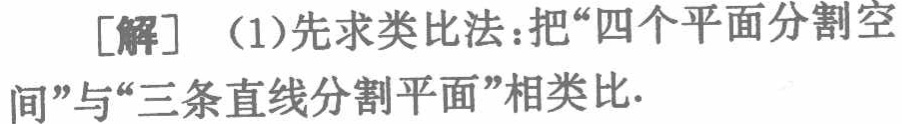
[解] （1）先求类比法：把“四个平面分割空间”与“三条直线分割平面”相类比.